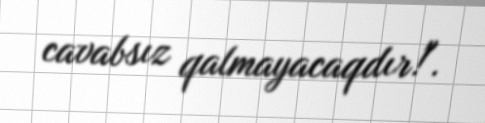
cavabsız qalmayacaqdır!".